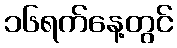
၁၆ရက်နေ့တွင်